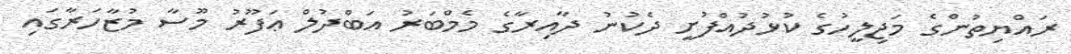
ރައްޔިތުންގެ މަޖިލީހުގެ ކުޅުދުއްފުށީ ދެކުނު ދާއިރާގެ މެމްބަރު އަބްދުލް ޢަފޫރު މޫސާ މުޒާހަރާގައި